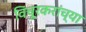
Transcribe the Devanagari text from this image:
विंचूरकरांच्या